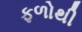
ફળોથી